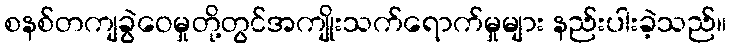
စနစ်တကျခွဲဝေမှုတို့တွင်အကျိုးသက်ရောက်မှုများ နည်းပါးခဲ့သည်။